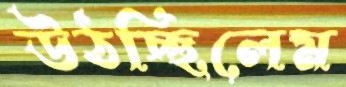
উঠচ্ছিলেম